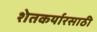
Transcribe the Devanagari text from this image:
शेतकर्यारसाठी